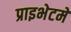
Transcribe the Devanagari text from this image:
प्राइभेटमे